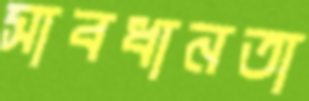
সাবধানতা